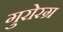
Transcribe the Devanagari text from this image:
गुरोरग्र